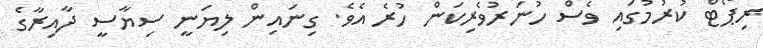
ރިޕޯޓް ކުރުމުގައި ވެސް ހުނަރުވެރިކަން ހުރެ އެވެ. ގިނައިން ލިޔަނީ ސިޔާސީ ދާއިރާގެ